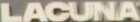
LACUNA